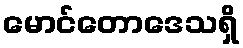
မောင်တောဒေသရှိ